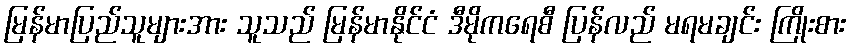
မြန်မာပြည်သူများအား သူသည် မြန်မာနိုင်ငံ ဒီမိုကရေစီ ပြန်လည် မရမချင်း ကြိုးစား